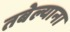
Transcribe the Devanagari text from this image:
तबेल्याना